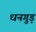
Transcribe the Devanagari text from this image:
धनगुड़